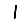
Digit: 1